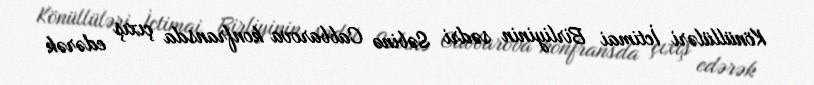
Könüllüləri İctimai Birliyinin sədri Səbinə Cabbarova konfransda çıxış edərək